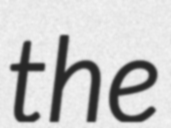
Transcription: the